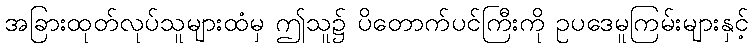
အခြားထုတ်လုပ်သူများထံမှ ဤသူ၌ ပိတောက်ပင်ကြီးကို ဥပဒေမူကြမ်းများနှင့်